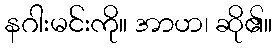
နဂါးမင်းကို။ အာဟ၊ ဆို၏။